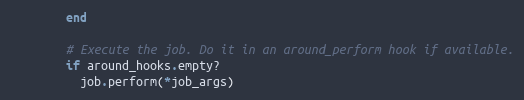
Language: Ruby
        end

        # Execute the job. Do it in an around_perform hook if available.
        if around_hooks.empty?
          job.perform(*job_args)